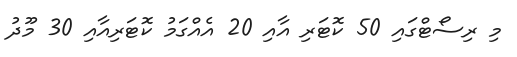
މި ރިސޯޓްގައި 50 ކޮޓަރި އާއި 20 އެއްގަމު ކޮޓަރިއާއި 30 މޫދު